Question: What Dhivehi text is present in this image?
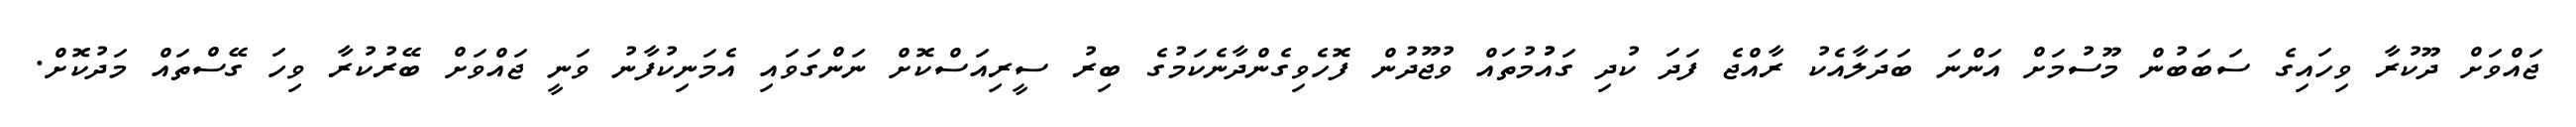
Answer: ޖައްވަށް ދޫކުރާ ވިހައިގެ ސަބަބުން މޫސުމަށް އަންނަ ބަދަލާއެކު ރާއްޖެ ފަދަ ކުދި ގައުުމުތައް ވުޖޫދުން ފޮހެވިގެންދާނެކަމުގެ ބިރު ސީރިއަސްކޮށް ނަންގަވައި އެމަނިކުފާނު ވަނީ ޖައްވަށް ބޭރުކުރާ ވިހަ ގޭސްތައް މަދުކޮށް.